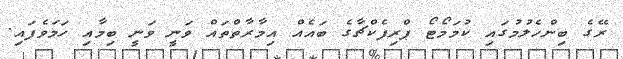
ރޭގެ ބިންހެލުމުގައި ކުމަމޯޓޯ ޕްރިފެކްޗާގެ ބައެއް އިމާރާތްތައް ވަނީ ވަނީ ބިމާއި ހަމަވެފައި.